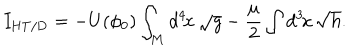
I _ { \mathrm { H T / D } } = - U ( \phi _ { 0 } ) \int _ { M } d ^ { 4 } \! x \, \sqrt { g } - \frac { \mu } { 2 } \int d ^ { 3 } \! x \, \sqrt { h } .